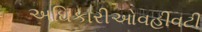
અઘિકારીઓવહીવટી